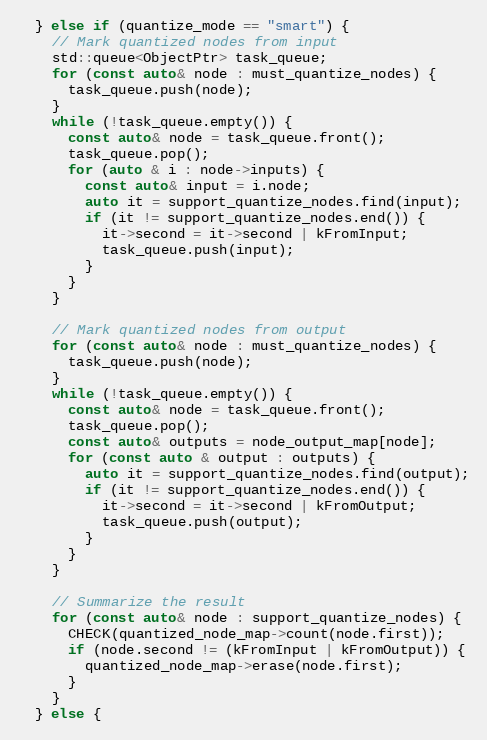
Language: C++
  } else if (quantize_mode == "smart") {
    // Mark quantized nodes from input
    std::queue<ObjectPtr> task_queue;
    for (const auto& node : must_quantize_nodes) {
      task_queue.push(node);
    }
    while (!task_queue.empty()) {
      const auto& node = task_queue.front();
      task_queue.pop();
      for (auto & i : node->inputs) {
        const auto& input = i.node;
        auto it = support_quantize_nodes.find(input);
        if (it != support_quantize_nodes.end()) {
          it->second = it->second | kFromInput;
          task_queue.push(input);
        }
      }
    }

    // Mark quantized nodes from output
    for (const auto& node : must_quantize_nodes) {
      task_queue.push(node);
    }
    while (!task_queue.empty()) {
      const auto& node = task_queue.front();
      task_queue.pop();
      const auto& outputs = node_output_map[node];
      for (const auto & output : outputs) {
        auto it = support_quantize_nodes.find(output);
        if (it != support_quantize_nodes.end()) {
          it->second = it->second | kFromOutput;
          task_queue.push(output);
        }
      }
    }

    // Summarize the result
    for (const auto& node : support_quantize_nodes) {
      CHECK(quantized_node_map->count(node.first));
      if (node.second != (kFromInput | kFromOutput)) {
        quantized_node_map->erase(node.first);
      }
    }
  } else {